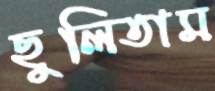
ছুলিতাম